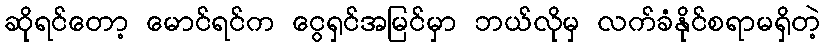
ဆိုရင်တော့ မောင်ရင်က ငွေရှင်အမြင်မှာ ဘယ်လိုမှ လက်ခံနိုင်စရာမရှိတဲ့